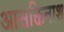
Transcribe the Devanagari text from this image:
आसक्तिनाश